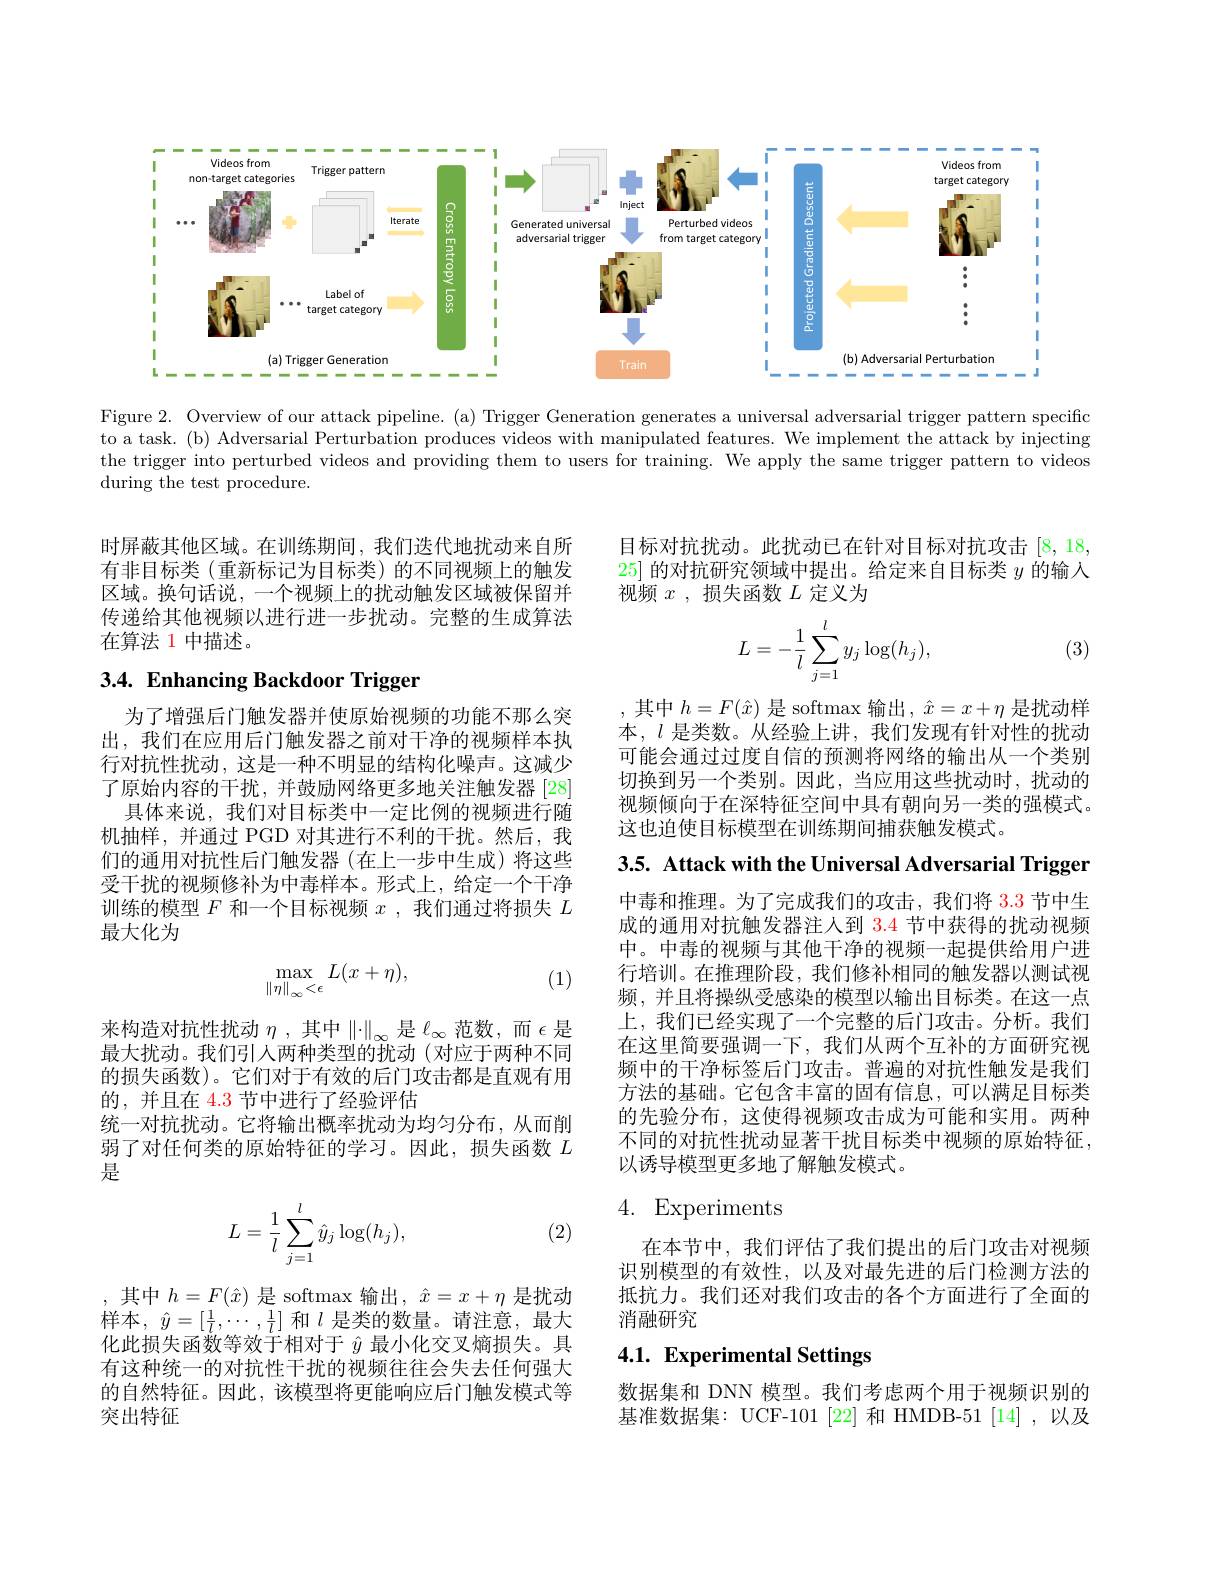
<FigureHere>

Figure 2. Overview of our attack pipeline. (a) Trigger Generation generates a universal adversarial trigger pattern specific to a task. (b) Adversarial Perturbation produces videos with manipulated features. We implement the attack by injecting the trigger into perturbed videos and providing them to users for training. We apply the same trigger pattern to videos during the test procedure.

时屏蔽其他区域。在训练期间，我们迭代地扰动来自所有非目标类(重新标记为目标类)的不同视频上的触发区域。换句话说，一个视频上的扰动触发区域被保留并传递给其他视频以进行进一步扰动。完整的生成算法在算法 1 中描述。

# 3.4. Enhancing Backdoor Trigger

为了增强后门触发器并使原始视频的功能不那么突出，我们在应用后门触发器之前对干净的视频样本执行对抗性扰动，这是一种不明显的结构化噪声。这减少了原始内容的干扰，并鼓励网络更多地关注触发器[28]
具体来说，我们对目标类中一定比例的视频进行随机抽样，并通过 PGD 对其进行不利的干扰。然后，我们的通用对抗性后门触发器(在上一步中生成)将这些受干扰的视频修补为中毒样本。形式上，给定一个干净训练的模型$F$和一个目标视频$x$,我们通过将损失$L$ 最大化为
$$\max_{\left\|\eta\right\|_{\infty}<\epsilon}L(x+\eta),$$
(1)

来构造对抗性扰动$\eta$,其中$\left\|\cdot\right\|_\infty$是$\ell_\infty$范数，而$\epsilon$是最大扰动。我们引人两种类型的扰动(对应于两种不同的损失函数)。它们对于有效的后门攻击都是直观有用的，并且在 4.3 节中进行了经验评估
统一对抗扰动。它将输出概率扰动为均匀分布，从而削弱了对任何类的原始特征的学习。因此，损失函数$L$ 是

(2)
$$\begin{aligned}L=\frac{1}{l}\sum_{j=1}^{l}\hat{y}_{j}\log(h_{j}),\end{aligned}$$
,其中$h=F(\hat{x})$是 softmax 输出$,\hat{x}=x+\eta$是扰动样本，$\hat{y} = [ \frac 1l, \cdots , \frac 1l]$和$l$是类的数量。请注意，最大化此损失函数等效于相对于$\hat{y}$最小化交叉熵损失。具有这种统一的对抗性干扰的视频往往会失去任何强大的自然特征。因此，该模型将更能响应后门触发模式等突出特征

目标对抗扰动。此扰动已在针对目标对抗攻击[8,18, 25]的对抗研究领域中提出。给定来自目标类$y$的输入视频$x$,损失函数$L$定义为

(3)
$$\begin{aligned}L=-\frac{1}{l}\sum_{j=1}^{l}y_j\log(h_j),\end{aligned}$$
,其中$h=F(\hat{x})$是 softmax 输出$,\hat{x}=x+\eta$是扰动样本，$l$是类数。从经验上讲，我们发现有针对性的扰动可能会通过过度自信的预测将网络的输出从一个类别切换到另一个类别。因此，当应用这些扰动时，扰动的视频倾向于在深特征空间中具有朝向另一类的强模式。这也迫使目标模型在训练期间捕获触发模式。

3.5. Attack with the Universal Adversarial Trigger

中毒和推理。为了完成我们的攻击，我们将 3.3 节中生成的通用对抗触发器注人到$\color{red}{3.4}$节中获得的扰动视频中。中毒的视频与其他干净的视频一起提供给用户进行培训。在推理阶段，我们修补相同的触发器以测试视频，并且将操纵受感染的模型以输出目标类。在这一点上，我们已经实现了一个完整的后门攻击。分析。我们在这里简要强调一下，我们从两个互补的方面研究视频中的干净标签后门攻击。普遍的对抗性触发是我们方法的基础。它包含丰富的固有信息，可以满足目标类的先验分布，这使得视频攻击成为可能和实用。两种不同的对抗性扰动显著干扰目标类中视频的原始特征， 以诱导模型更多地了解触发模式。

# 4. Experiments

在本节中，我们评估了我们提出的后门攻击对视频识别模型的有效性，以及对最先进的后门检测方法的抵抗力。我们还对我们攻击的各个方面进行了全面的消融研究

# 4.1. Experimental Settings

数据集和 DNN 模型。我们考虑两个用于视频识别的基准数据集：UCF-101[22] 和 HMDB-51[14],以及